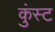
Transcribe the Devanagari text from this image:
कुंस्ट